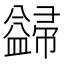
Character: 𭘺